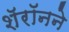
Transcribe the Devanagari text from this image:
शॅरॉनने